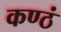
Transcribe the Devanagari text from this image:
कण्ठं